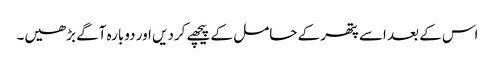
اس کے بعد اسے پتھر کے حامل کے پیچھے کردیں اور دوبارہ آگے بڑھیں۔